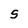
Character: S